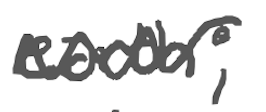
Text: earth;
Cross-out: wave
Writing tool: digital_gray